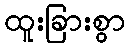
ထူးခြားစွာ